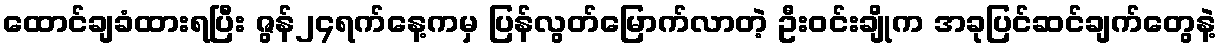
ထောင်ချခံထားရပြီး ဇွန်၂၄ရက်နေ့ကမှ ပြန်လွတ်မြောက်လာတဲ့ ဦးဝင်းချိုက အခုပြင်ဆင်ချက်တွေနဲ့